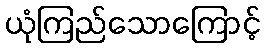
ယုံကြည်သောကြောင့်